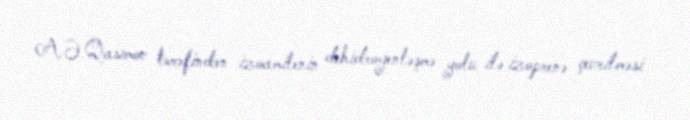
A.Ə.Qasımov tərəfindən izoamilenin dehidrogenləşmə yolu ilə izoprenə çevrilməsi